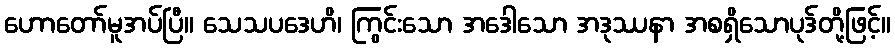
ဟောတော်မူအပ်ပြီ။ သေသပဒေဟိ၊ ကြွင်းသော အဒေါသော အဒုဿနာ အစရှိသောပုဒ်တို့ဖြင့်။